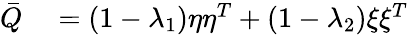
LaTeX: \begin{array}{rl}{\bar{Q}}&{{}=(1-\lambda_{1})\eta\eta^{T}+(1-\lambda_{2})\xi\xi^{T}}\end{array}